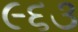
૯૬૩